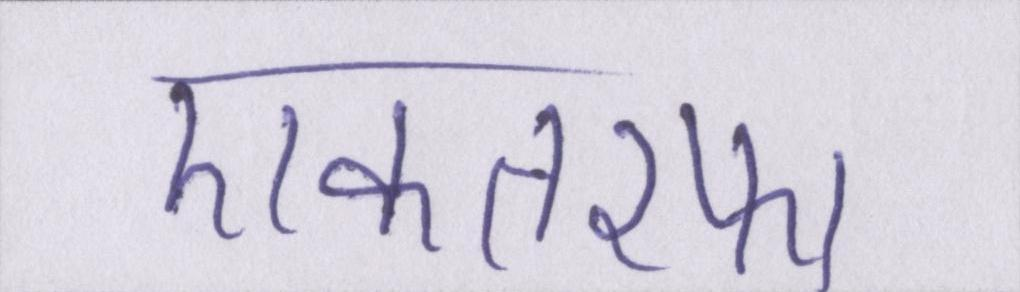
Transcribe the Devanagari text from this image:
एकतरफा